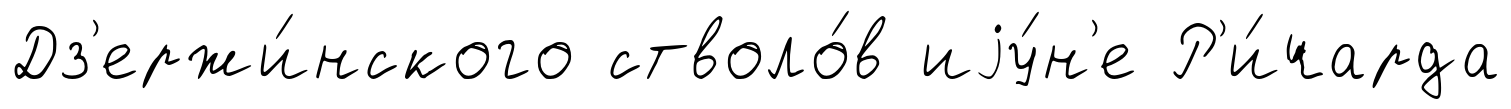
Дз'ержи́нского стволо́в иjу́н'е Р'и́чарда